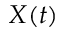
X ( t )